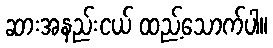
ဆားအနည်းငယ် ထည့်သောက်ပါ။